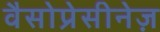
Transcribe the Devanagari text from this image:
वैसोप्रेसीनेज़